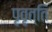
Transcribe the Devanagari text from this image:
पृवृत्ति